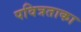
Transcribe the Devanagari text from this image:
पवित्रताका